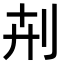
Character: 𠛟